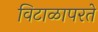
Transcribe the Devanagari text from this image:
विटाळापरते